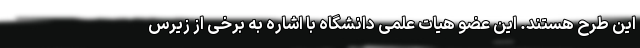
این طرح هستند. این عضو هیات علمی دانشگاه با اشاره به برخی از زیرس